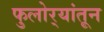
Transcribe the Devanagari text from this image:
फुलोर्‍यांतून